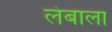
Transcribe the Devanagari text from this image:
लंबाला